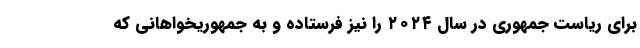
برای ریاست جمهوری در سال ۲۰۲۴ را نیز فرستاده و به جمهوریخواهانی که